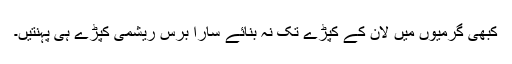
کبھی گرمیوں میں لان کے کپڑے تک نہ بنائے سارا برس ریشمی کپڑے ہی پہنتیں۔